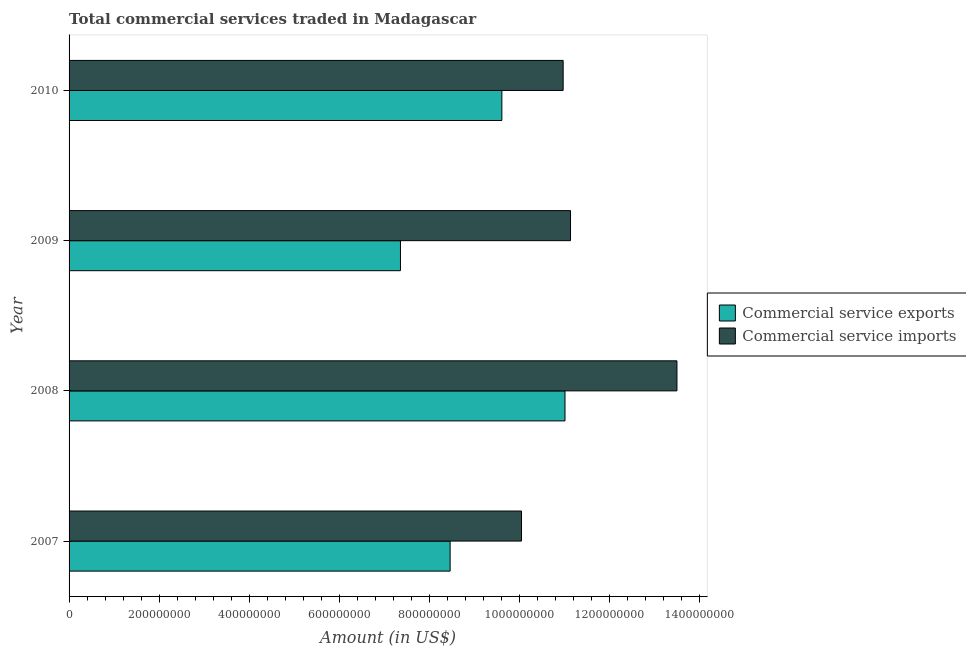
| Year | Commercial service exports | Commercial service imports |
 | --- | --- | --- |
 | 2007 | 8.46e+08 | 1e+09 |
 | 2008 | 1.1e+09 | 1.35e+09 |
 | 2009 | 7.36e+08 | 1.11e+09 |
 | 2010 | 9.61e+08 | 1.1e+09 |